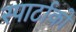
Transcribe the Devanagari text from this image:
स्पार्टाको